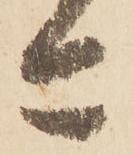
亦